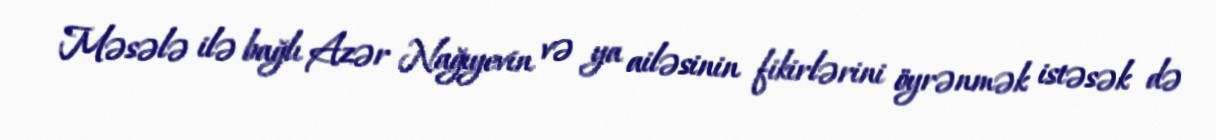
Məsələ ilə bağlı Azər Nağıyevin və ya ailəsinin fikirlərini öyrənmək istəsək də